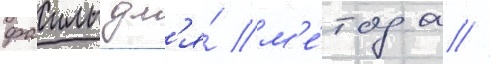
фаилы дл'я́ м'е́тода //